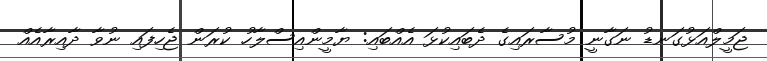
ޖަމީލްއަޅުގަނޑު ނަގާނީ މުސާރައިގެ ދެބައިކުޅަ އެއްބައި: ޔާމީންއިސްލާހު ކުރަން ޖެހިފައި ނުވާ ދާއިރާއެއް